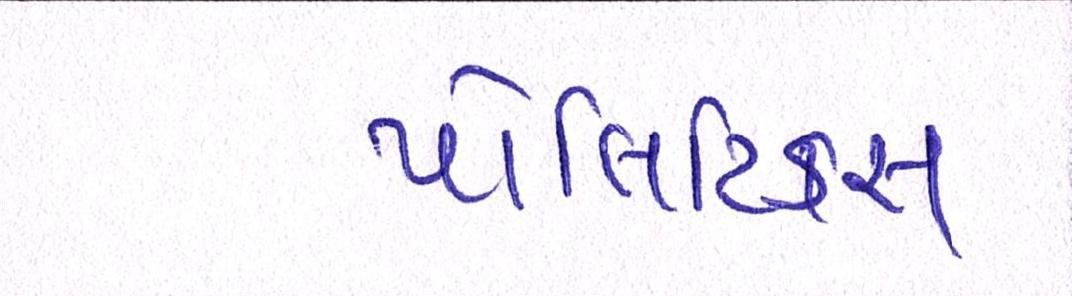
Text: પોલિટિકસ